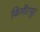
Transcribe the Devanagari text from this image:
किमीरपुर